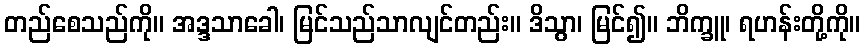
တည်စေသည်ကို။ အဒ္ဒသာခေါ၊ မြင်သည်သာလျင်တည်း။ ဒိသွာ၊ မြင်၍။ ဘိက္ခူ၊ ရဟန်းတို့ကို။